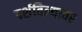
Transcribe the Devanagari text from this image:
दर्शविल्यावर